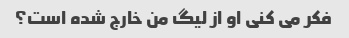
فکر می کنی او از لیگ من خارج شده است؟